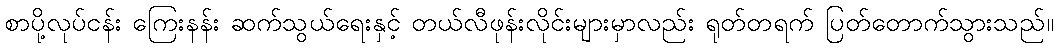
စာပို့လုပ်ငန်း ကြေးနန်း ဆက်သွယ်ရေးနှင့် တယ်လီဖုန်းလိုင်းများမှာလည်း ရုတ်တရက် ပြတ်တောက်သွားသည်။